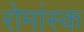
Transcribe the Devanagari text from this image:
रोमांस्क